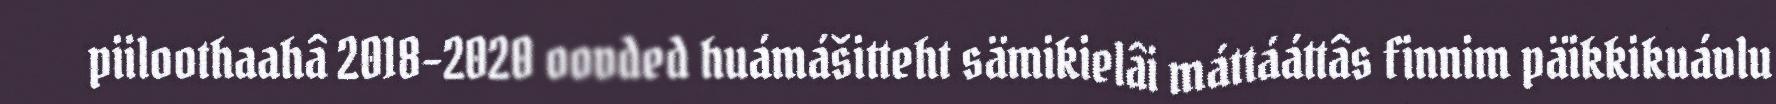
piiloothaahâ 2018–2020 oovded huámášitteht sämikielâi máttááttâs finnim päikkikuávlu